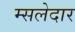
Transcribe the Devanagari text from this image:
म्सलेदार